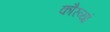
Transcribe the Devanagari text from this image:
कौरव्यां